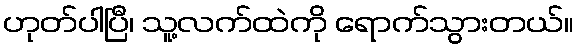
ဟုတ်ပါပြီ၊ သူ့လက်ထဲကို ရောက်သွားတယ်။